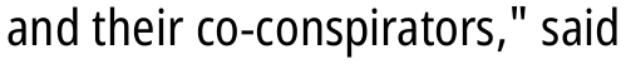
and their co-conspirators," said